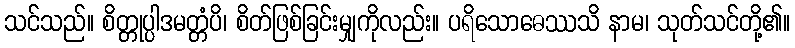
သင်သည်။ စိတ္တုပ္ပါဒမတ္တံပိ၊ စိတ်ဖြစ်ခြင်းမျှကိုလည်း။ ပရိသောဓေဿသိ နာမ၊ သုတ်သင်တို့၏။